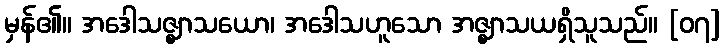
မှန်၏။ အဒေါသဇ္ဈာသယော၊ အဒေါသဟူသော အဇ္ဈာသယရှိသူသည်။ [၀၇]